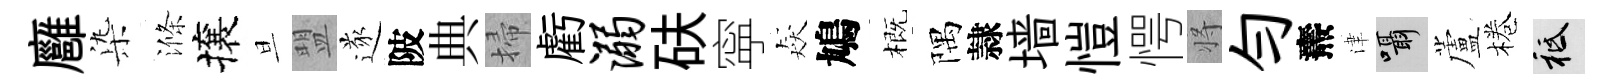
廱𣑱滌攘旦盟遂陂典掃虧溺砆寜猋鳩概隅隷墙愷愕将勻燾津囁蘆棬祇